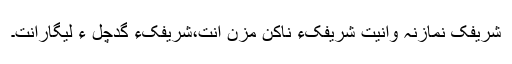
شریفک نمازنہ وانیت شریفکءِ ناکن مزن اَنت،شریفکءِ گُدچِلّ ءُُ لیگاراَنت۔